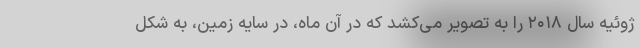
ژوئیه سال ۲۰۱۸ را به تصویر می‌کشد که در آن ماه، در سایه زمین، به شکل